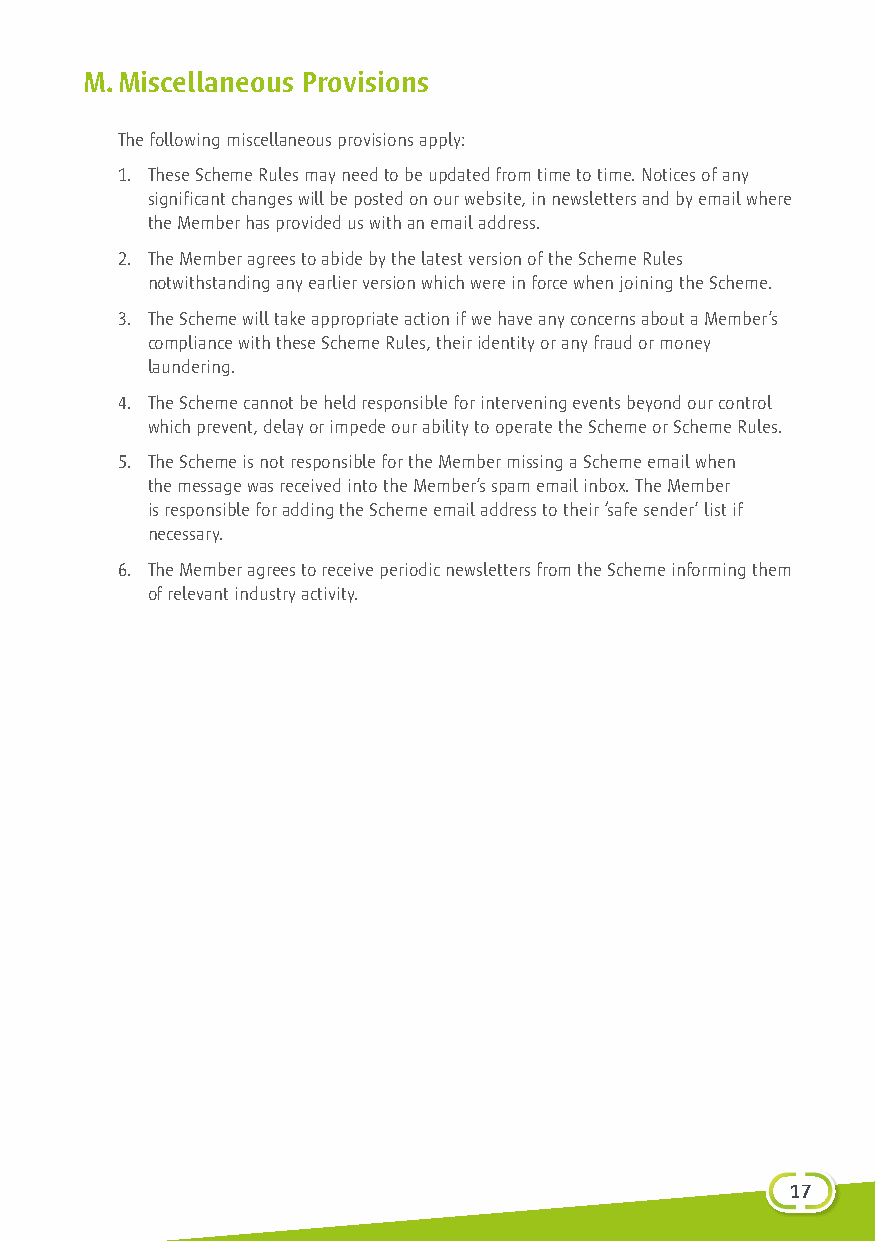
M.Miscellaneous Provisions
 The following miscellaneous provisions apply:
 1. These Scheme Rules may need to be updated from time to time. Notices of any
 significant changes will be posted on our website, in newsletters and by email where
 the Member has provided us with an email address.
 2. The Member agrees to abide by the latest version of the Scheme Rules
 notwithstanding any earlier version which were in force when joining the Scheme.
 3. The Scheme will take appropriate action if we have any concerns about a Member’s
 compliance with these Scheme Rules, their identity or any fraud or money
 laundering.
 4. The Scheme cannot be held responsible for intervening events beyond our control
 which prevent, delay or impede our ability to operate the Scheme or Scheme Rules.
 5. The Scheme is not responsible for the Member missing a Scheme email when
 the message was received into the Member’s spam email inbox. The Member
 is responsible for adding the Scheme email address to their ‘safe sender’ list if
 necessary.
 6. The Member agrees to receive periodic newsletters from the Scheme informing them
 of relevant industry activity.
 117